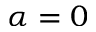
\alpha = 0